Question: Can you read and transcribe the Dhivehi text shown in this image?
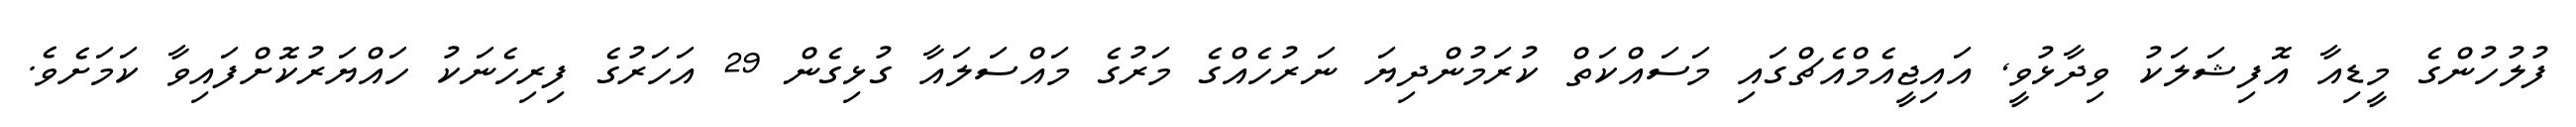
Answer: ފުލުހުންގެ މީޑިއާ އޮފިޝަލަކު ވިދާޅުވީ, އައިޖީއެމްއެޗްގައި މަސައްކަތް ކުރަމުންދިޔަ ނަރުހެއްގެ މަރުގެ މައްސަލައާ ގުޅިގެން 29 އަހަރުގެ ފިރިހެނަކު ހައްޔަރުކޮށްފައިވާ ކަމަށެވެ.